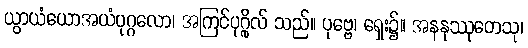
ယွာယံယောအယံပုဂ္ဂလော၊ အကြင်ပုဂ္ဂိုလ် သည်။ ပုဗ္ဗေ၊ ရှေး၌။ အနနုဿုတေသု၊